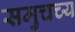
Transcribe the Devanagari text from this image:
समुचच्य